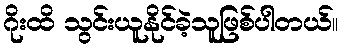
ဂိုးထိ သွင်းယူနိုင်ခဲ့သူဖြစ်ပါတယ်။